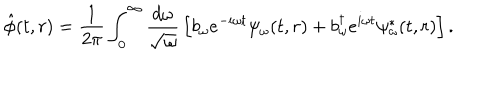
\hat { \phi } ( t , r ) = \frac { 1 } { 2 \pi } \int _ { 0 } ^ { \infty } \frac { d \omega } { \sqrt { \omega } } \, \left[ b _ { \omega } e ^ { - i \omega t } \psi _ { \omega } ( t , r ) + b _ { \omega } ^ { \dagger } e ^ { i \omega t } \psi _ { \omega } ^ { \ast } ( t , r ) \right] .